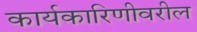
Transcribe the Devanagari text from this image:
कार्यकारिणीवरील